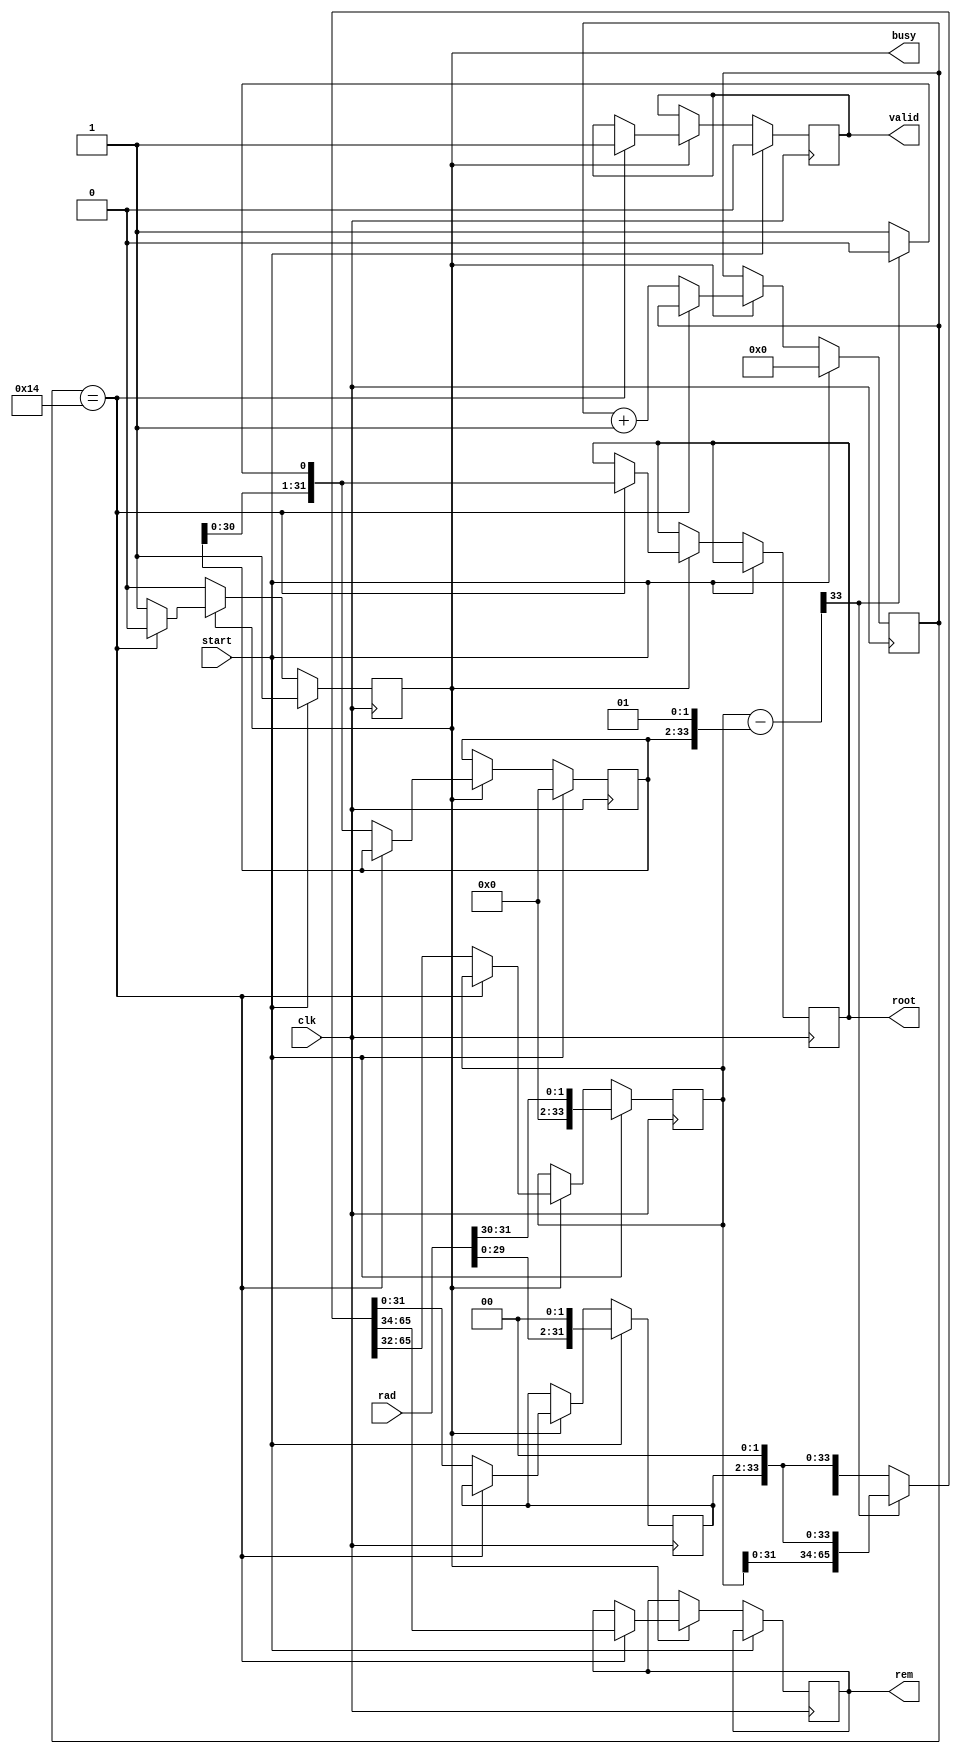
module SQRT_FP #(
    parameter WIDTH = 32,                       // width of radicand
    parameter FBITS = 10 // fractional bits (for fixed point)
    ) 
(
    input clk,
    input start,                                // start signal
    input [WIDTH - 1 : 0] rad,                  // radicand

    output reg busy,                            // calculation in progress
    output reg valid,                           // root and rem are valid
    output reg [WIDTH - 1 : 0] root,            // root
    output reg [WIDTH - 1 : 0] rem              // remainder
    );

    reg [WIDTH - 1 : 0] x, x_next;              // radicand copy
    reg [WIDTH - 1 : 0] q, q_next;              // intermediate root (quotient)
    reg [WIDTH + 1 : 0] ac, ac_next;            // accumulator (2 bits wider)
    reg [WIDTH + 1 : 0] test_res;               // sign test result (2 bits wider)

    localparam ITER = (WIDTH + FBITS) >> 1;     // iterations are half radicand+fbits width
    reg [4 : 0] i;                              // iteration counter

    always @(*)
    begin
        test_res = ac - {q, 2'b01};

        if (test_res[WIDTH + 1] == 0) 
        begin  // test_res    0? (check MSB)
            {ac_next, x_next} = {test_res[WIDTH - 1 : 0], x, 2'b0};
            q_next = {q[WIDTH - 2 : 0], 1'b1};
        end 
        else 
        begin
            {ac_next, x_next} = {ac[WIDTH - 1 : 0], x, 2'b0};
            q_next = q << 1;
        end
    end

    always @(posedge clk) 
    begin
        if (start) 
        begin
            busy <= 1;
            valid <= 0;
            i <= 0;
            q <= 0;
            {ac, x} <= {{WIDTH{1'b0}}, rad, 2'b0};
        end 
        
        else if (busy) 
        begin

            if (i == ITER-1) 
            begin  // we're done
                busy <= 0;
                valid <= 1;
                root <= q_next;
                rem <= ac_next[WIDTH + 1 : 2];  // undo final shift
            end

            else 
            begin  // next iteration
                i <= i + 1;
                x <= x_next;
                ac <= ac_next;
                q <= q_next;
            end
        end
    end
endmodule